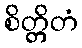
စိတ္တိတံ